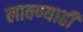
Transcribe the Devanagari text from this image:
लावण्याही